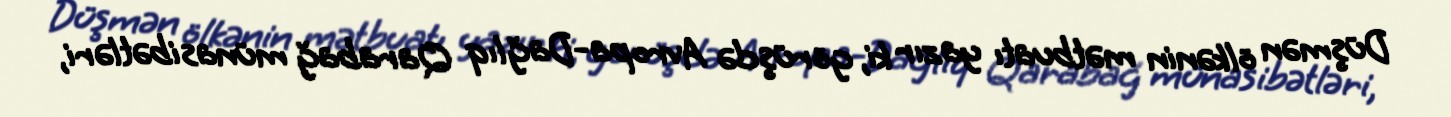
Düşmən ölkənin mətbuatı yazır ki, görüşdə Avropa-Dağlıq Qarabağ münasibətləri,